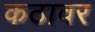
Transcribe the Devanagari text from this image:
कठावर